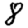
Digit: 8